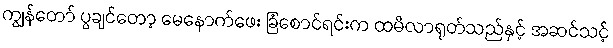
ကျွန်တော် ပွချင်တော့ မေနောက်ဖေး ခြံစောင်ရင်းက ထမီလာရုတ်သည်နှင့် အဆင်သင့်